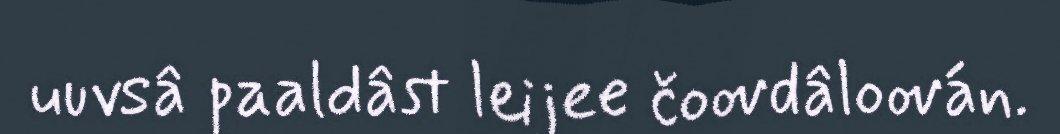
uuvsâ paaldâst leijee čoovdâloován.